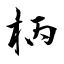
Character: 柄